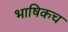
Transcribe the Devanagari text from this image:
भाषिकच